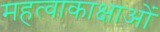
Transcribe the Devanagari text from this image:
महत्वाकाक्षाओं